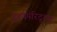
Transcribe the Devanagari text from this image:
दृश्यपरिदृश्य